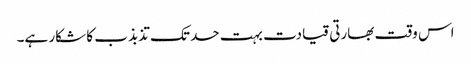
اس وقت بھارتی قیادت بہت حد تک تذبذب کا شکار ہے۔